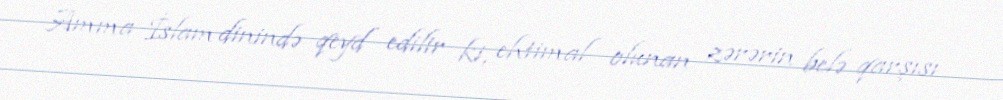
Amma İslam dinində qeyd edilir ki, ehtimal olunan zərərin belə qarşısı